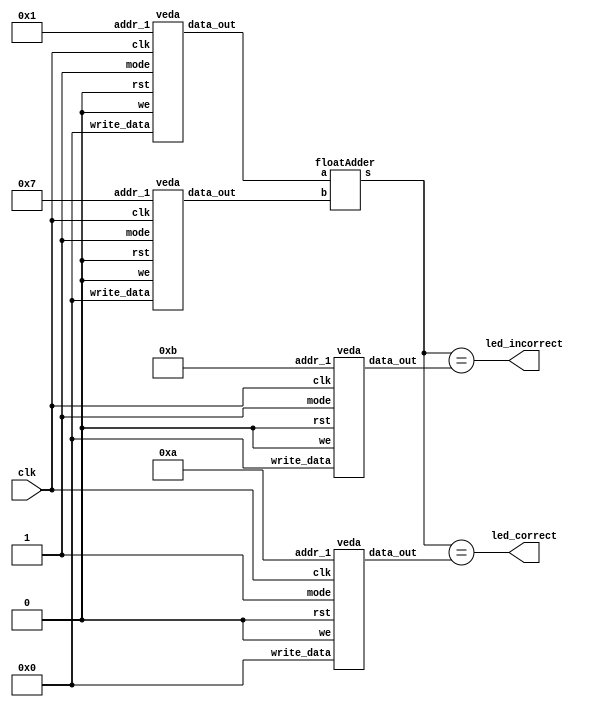
module fpga_check(clk, led_correct, led_incorrect);
    input clk;
    output led_correct,led_incorrect;
    wire [31:0] a, b, check1, check2, s;
    veda r0(clk, 1'b0, 5'b00001, 1'b1, 1'b0, 32'b0, a);
    veda r1(clk, 1'b0, 5'b00111, 1'b1, 1'b0, 32'b0, b);
    veda r2(clk, 1'b0, 5'b01010, 1'b1, 1'b0, 32'b0, check1);
    veda r3(clk, 1'b0, 5'b01011, 1'b1, 1'b0, 32'b0, check2);
    floatAdder fa0(a,b,s);
    assign led_correct = (s == check1); // verify that calculated sum is equal to the hardcoded sum given as input
    assign led_incorrect = (s == check2);
endmodule



module veda(clk, rst, addr_1, mode, we, write_data, data_out);
    input clk;
    input rst;
    input [4:0] addr_1;
    input we;
    input [31:0] write_data;
    input mode;
    output reg [31:0] data_out;

    reg [31:0] mem[31:0];
    reg [4:0] temp_addr;
    integer i;

    initial begin
        for(i = 0; i < 32; i = i + 1) begin
            mem[i] <= 0;
        end
        mem[1] <= 32'b11000000101101010111000010100100; 
        mem[7] <= 32'b11000001111001110000101000111101; 
        mem[10] <= 32'b11000010000010100011001100110011; 
        mem[11] <= 32'b11000010000010100011001100110010;
    end

    always @(posedge clk) begin
        temp_addr <= addr_1;
        if (we && mode == 1'b0) begin
            mem[addr_1] = write_data;
        end
    end
    always @(posedge rst) begin
        for(i = 0; i < 32; i = i + 1) begin
            mem[i] <= 0;
        end
        mem[addr_1] = 1'b0;
    end
    always @(mem[temp_addr]) begin
        data_out = mem[temp_addr];
    end
endmodule


module floatAdder(a,b,s);

input [31:0]a,b;
output [31:0]s;
reg [31:0] big,smaller;
reg [23:0] mant_a,mant_b;reg [24:0] mant_final;reg [30:0] sum_unsigned;wire [23:0] new_b;
wire [7:0] exponent_diff;
wire sign_out;
reg [4:0] number_zero;
reg [23:0]normalised;

always@(*) begin
    if(a[30:0] < b[30:0]) begin
        {big,smaller} = {b,a};
    end
    else begin
        {big,smaller} = {a,b};
    end
end
assign sign_out = big[31];
assign exp_a = big[30:23]; // extract the exponents and sign
assign exp_b = smaller[30:23];

always@(*) begin
    if(big[30:23]==0) begin
        mant_a={1'b0,big[22:0]};
    end
    else begin
        mant_a={1'b1,big[22:0]};
    end
end
always@(*) begin
    if(smaller[30:23]==0) begin
        mant_b={1'b0,smaller[22:0]};
    end
    else begin
        mant_b={1'b1,smaller[22:0]};
    end
end
assign exponent_diff = big[30:23] - smaller[30:23]; // finding the difference in exponents
assign new_b = mant_b >> exponent_diff; // right shift b

always@(*) begin
    if(big[31] ^ smaller[31]) begin
        mant_final = (mant_a - new_b);
    end
    else begin
        mant_final = (mant_a + new_b);
    end
end
integer i;
always@(*) begin
    number_zero=23;
    for(i=1;i<24;i=i+1)begin
        if(mant_final[i])begin
            number_zero=24-i;
        end
        else begin
            number_zero=number_zero;
        end
    end
    normalised=mant_final<<number_zero;
end
always@(*) begin
    if(mant_final[24]) begin
        sum_unsigned[22:0] = mant_final[23:1];
    end
    else if(number_zero>big[30:23])begin
        sum_unsigned[22:0]=0;
    end
    else begin
        sum_unsigned[22:0] = mant_final[22:0];
    end
end
always@(*) begin
    if(mant_final[24]) begin
        sum_unsigned[30:23] = (1'b1 + big[30:23]);
    end
    else if(number_zero>big[30:23])begin
        sum_unsigned[30:23]=0;
    end
    else begin
        sum_unsigned[30:23] = big[30:23]-number_zero+1;
    end
end
assign s =  {sign_out,sum_unsigned}; // giving the final sum with sign as output 

endmodule